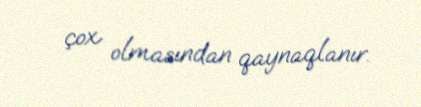
çox olmasından qaynaqlanır.